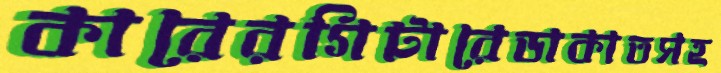
কারেরগিটারেডাকাতসহ